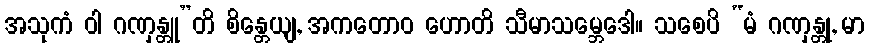
အသုကံ ဝါ ဂဏှန္တူ”တိ စိန္တေယျ, အကတောဝ ဟောတိ သီမာသမ္ဘေဒေါ။ သစေပိ “မံ ဂဏှန္တု, မာ